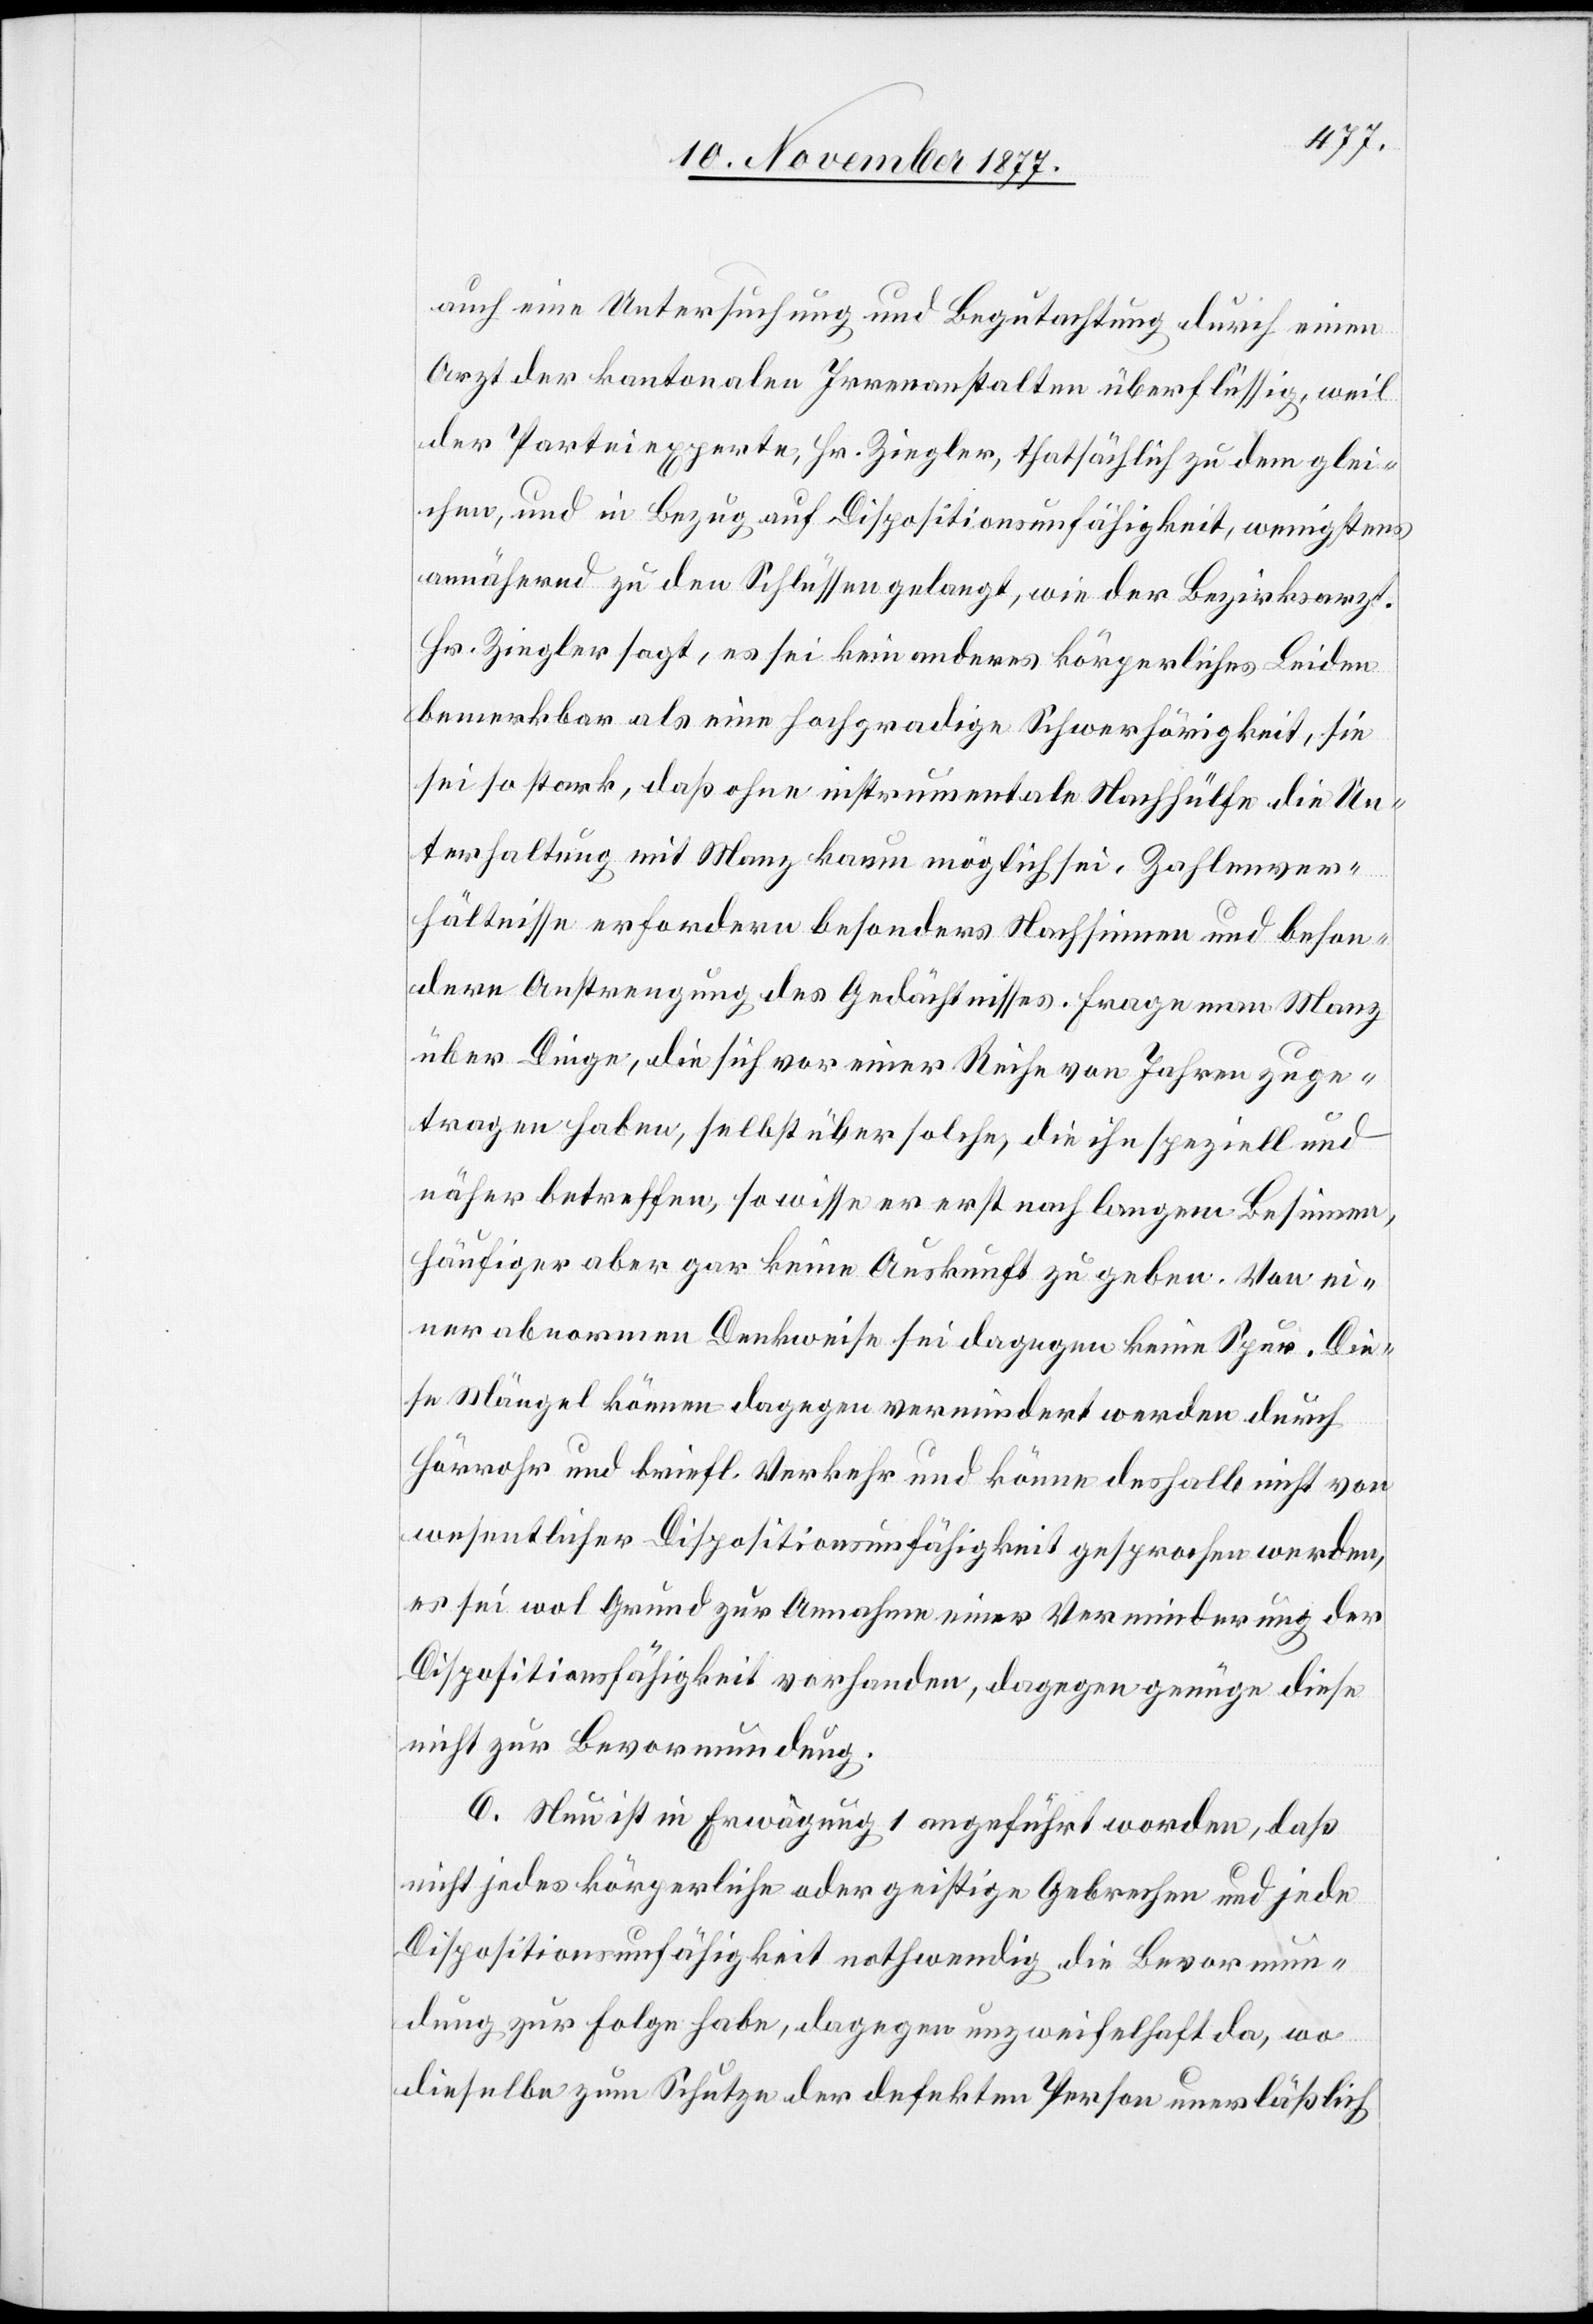
auch eine Untersuchung und Begutachtung durch einen
Arzt der kantonalen Irrenanstalten überflüssig, weil
der Parteiexperte, Hr. Ziegler, thatsächlich zu dem glei¬
chen, und in Bezug auf Dispositionsunfähigkeit, wenigstens
annähernd zu den Schlüssen gelangt, wie der Bezirksarzt.
Hr. Ziegler sagt, es sei kein anderes körperliches Leiden
bemerkbar als eine hochgradige Schwerhörigkeit, sie
sei so stark, daß ohne instrumentale Nachhülfe die Un¬
terhaltung mit Manz kaum möglich sei. Zahlenver¬
hältnisse erfordern besonders Nachsinnen und beson¬
dere Anstrengung des Gedächtnisses. Frage man Manz
über Dinge, die sich vor einer Reihe von Jahren zuge¬
tragen haben, selbst über solche, die ihn speziell und
näher betreffen, so wisse er erst nach langem Besinnen,
häufiger aber gar keine Auskunft zu geben. Von ei¬
ner abnormen Denkweise sei dagegen keine Spur. Die¬
se Mängel können dagegen vermindert werden durch
Hörrohr und briefl. Verkehr und könne deshalb nicht von
wesentlicher Dispositionsunfähigkeit gesprochen werden,
es sei wol Grund zur Annahme einer Verminderung der
Dispositionsfähigkeit vorhanden, dagegen genüge diese
nicht zur Bevormundung.
6. Nun ist in Erwägung 1 angeführt worden, daß
nicht jedes körperliche oder geistige Gebrechen und jede
Dispositionsunfähigkeit nothwendig die Bevormun¬
dung zur Folge habe, dagegen unzweifelhaft da, wo
dieselbe zu Schutze der defekten Person unerläßlich